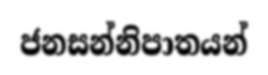
ජනසන්නිපාතයන්